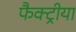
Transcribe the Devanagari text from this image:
फैक्ट्रीया